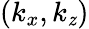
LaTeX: (k_{x},k_{\mathit{z}})